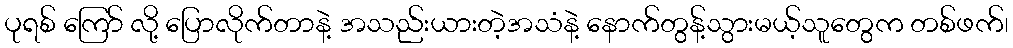
ပုရစ် ကြော် လို့ ပြောလိုက်တာနဲ့ အသည်းယားတဲ့အသံနဲ့ နောက်တွန့်သွားမယ့်သူတွေက တစ်ဖက်၊